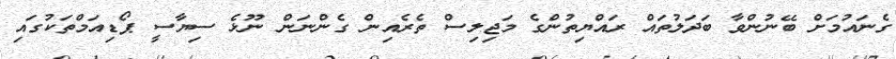
ގެނައުމަށް ބޭނުންވާ ބަދަލުތައް ރައްޔިތުންގެ މަޖިލިސް ތެރެއިން ގެންނަން ނޫޅެ ސިޔާސީ ޕޯޑިއަމްތަކުގައި